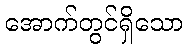
အောက်တွင်ရှိသော